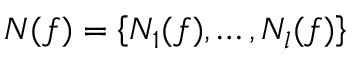
{ N } ( f ) = \left\{ { N } _ { 1 } ( f ) , \ldots , { N } _ { l } ( f ) \right\}